65_HS1-834228961_62-HQ-83894_Section_5
Agency: FBI
Page 76
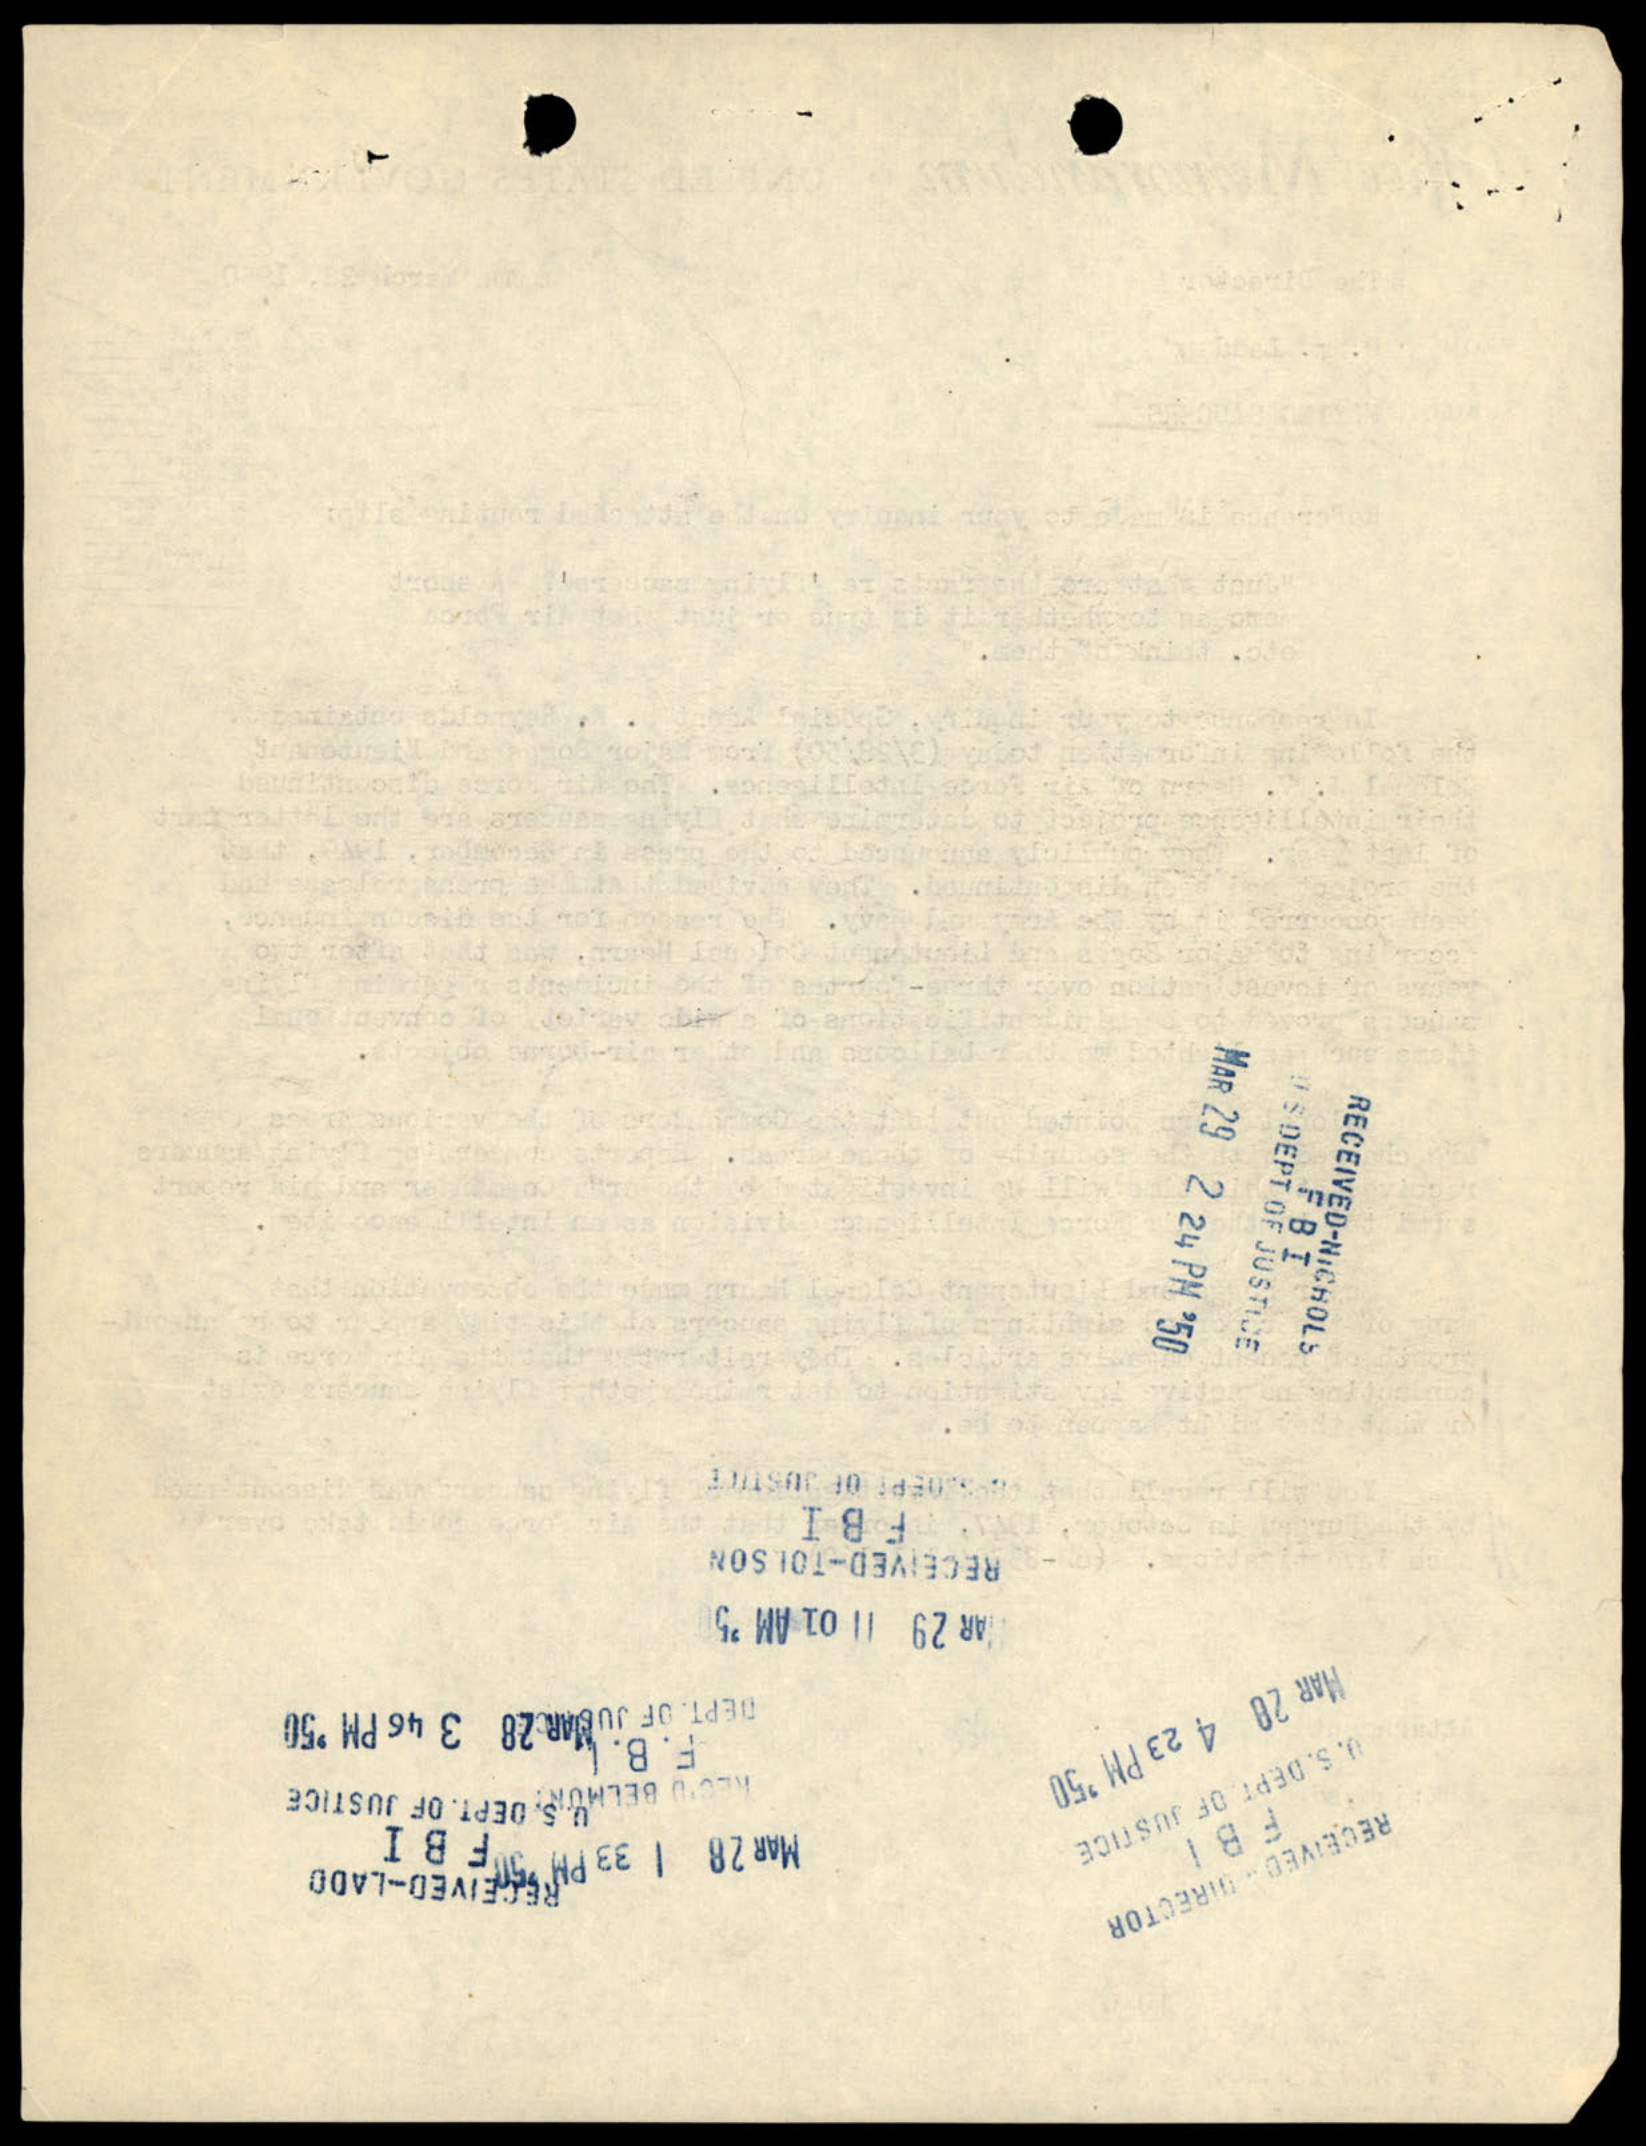